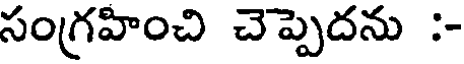
సంగ్రహించి చెప్పెదను :-